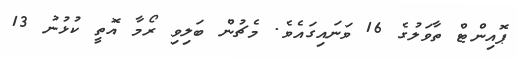
ޕޮއިންޓް ތާވަލުގެ 16 ވަނައިގައެވެ. މެޗުން ބަލިވި ރޯމާ އޮތީ ކުޅުނު 13